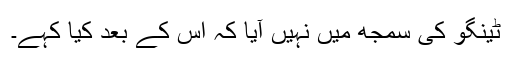
ٹینگو کی سمجھ میں نہیں آیا کہ اس کے بعد کیا کہے۔